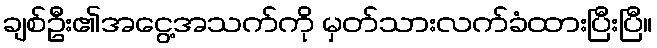
ချစ်ဦး၏အငွေ့အသက်ကို မှတ်သားလက်ခံထားပြီးပြီ။